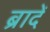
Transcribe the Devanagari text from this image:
ब्रादें